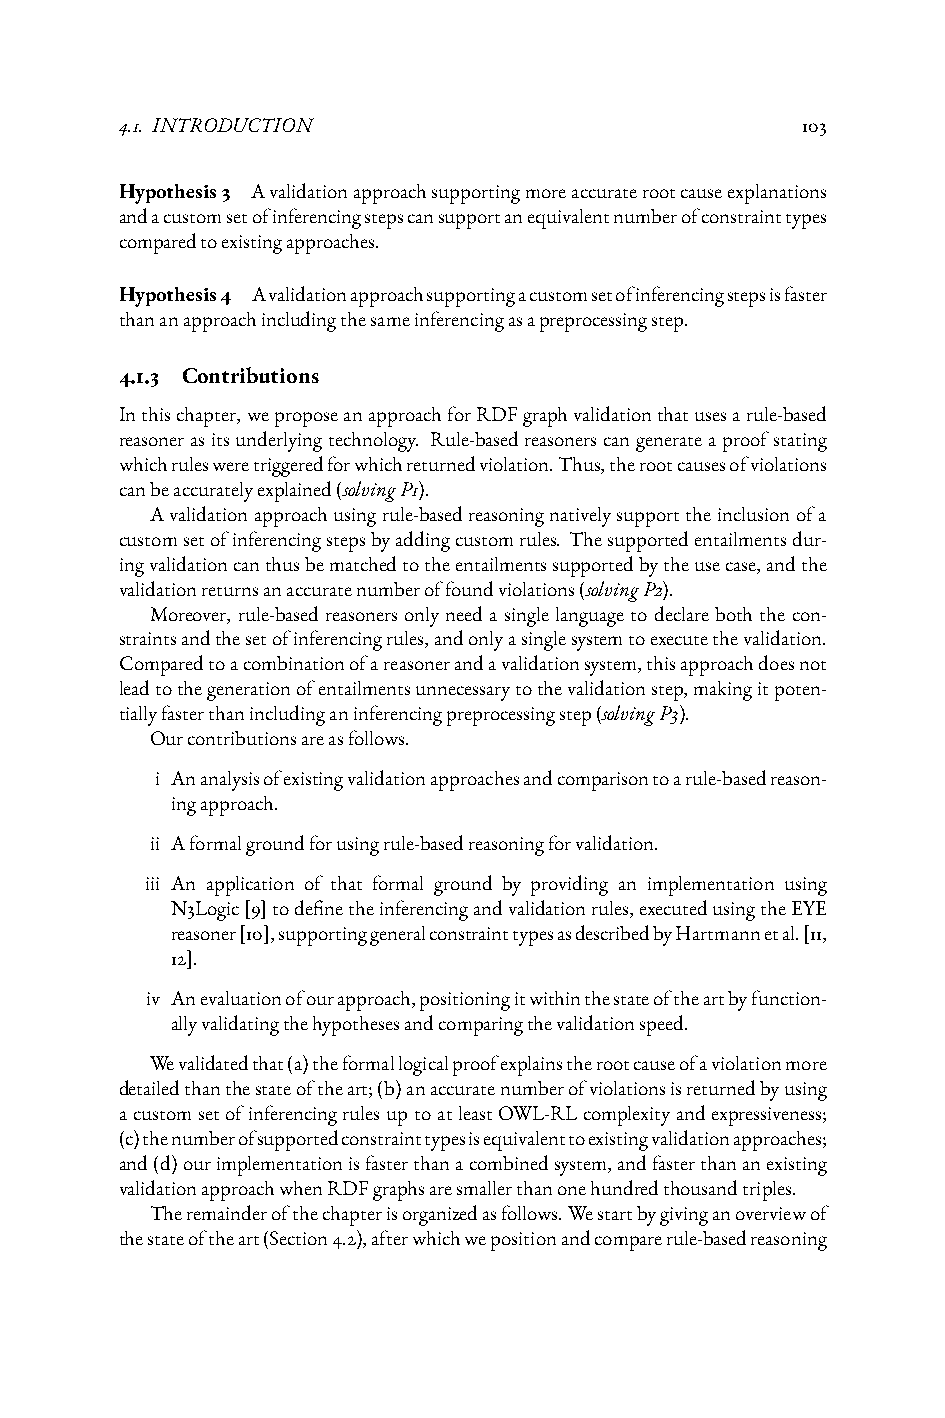
4.1. INTRODUCTION                            103
 Hypothesis3 Avalidationapproachsupportingmoreaccuraterootcauseexplanations
 andacustomsetofinferencingstepscansupportanequivalentnumberofconstrainttypes
 comparedtoexistingapproaches.
 Hypothesis4 Avalidationapproachsupportingacustomsetofinferencingstepsisfaster
 thananapproachincludingthesameinferencingasapreprocessingstep.
 4.1.3 Contributions
 Inthischapter,weproposeanapproachforRDFgraphvalidationthatusesarule-based
 reasonerasitsunderlyingtechnology. Rule-basedreasonerscangenerateaproofstating
 whichrulesweretriggeredforwhichreturnedviolation.Thus,therootcausesofviolations
 canbeaccuratelyexplained(solvingP1).
 Avalidationapproachusingrule-basedreasoningnativelysupporttheinclusionofa
 customsetofinferencingstepsbyaddingcustomrules. Thesupportedentailmentsdur-
 ingvalidationcanthusbematchedtotheentailmentssupportedbytheusecase,andthe
 validationreturnsanaccuratenumberoffoundviolations(solvingP2).
 Moreover, rule-based reasoners only need a single language to declare both the con-
 straintsandthesetofinferencingrules,andonlyasinglesystemtoexecutethevalidation.
 Comparedtoacombinationofareasonerandavalidationsystem,thisapproachdoesnot
 leadtothegenerationofentailmentsunnecessarytothevalidationstep,makingitpoten-
 tiallyfasterthanincludinganinferencingpreprocessingstep(solvingP3).
 Ourcontributionsareasfollows.
 i Ananalysisofexistingvalidationapproachesandcomparisontoarule-basedreason-
 ingapproach.
 ii Aformalgroundforusingrule-basedreasoningforvalidation.
 iii An application of that formal ground by providing an implementation using
 N3Logic[9]todefinetheinferencingandvalidationrules,executedusingtheEYE
 reasoner[10],supportinggeneralconstrainttypesasdescribedbyHartmannetal.[11,
 12].
 iv Anevaluationofourapproach,positioningitwithinthestateoftheartbyfunction-
 allyvalidatingthehypothesesandcomparingthevalidationspeed.
 Wevalidatedthat(a)theformallogicalproofexplainstherootcauseofaviolationmore
 detailedthanthestateoftheart;(b)anaccuratenumberofviolationsisreturnedbyusing
 acustomsetofinferencingrulesuptoatleastOWL-RLcomplexityandexpressiveness;
 (c)thenumberofsupportedconstrainttypesisequivalenttoexistingvalidationapproaches;
 and(d)ourimplementationisfasterthanacombinedsystem,andfasterthananexisting
 validationapproachwhenRDFgraphsaresmallerthanonehundredthousandtriples.
 Theremainderofthechapterisorganizedasfollows.Westartbygivinganoverviewof
 thestateoftheart(Section4.2),afterwhichwepositionandcomparerule-basedreasoning